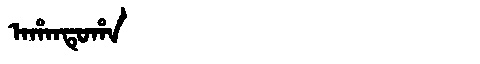
Manchu: ᠠᡥᠠᠨᡨᡠᡥᠠ
Romanization: AHANTUHA